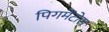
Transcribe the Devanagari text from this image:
पिगमेंटोस